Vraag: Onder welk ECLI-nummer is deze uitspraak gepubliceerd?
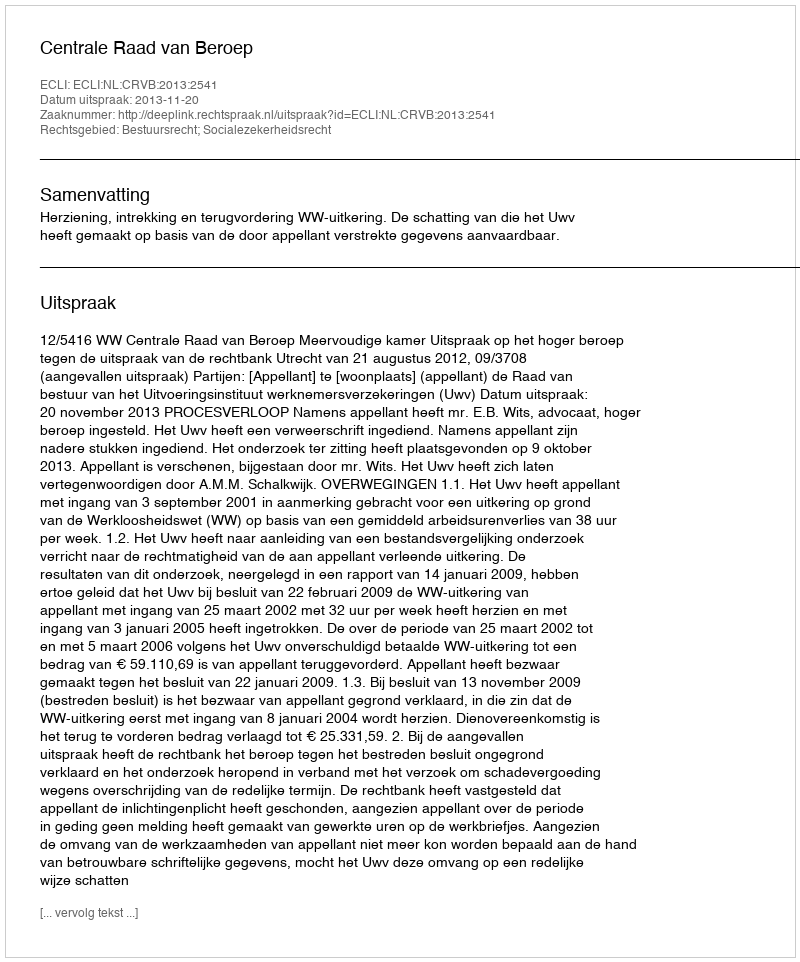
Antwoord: ECLI:NL:CRVB:2013:2541